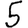
Digit: 5